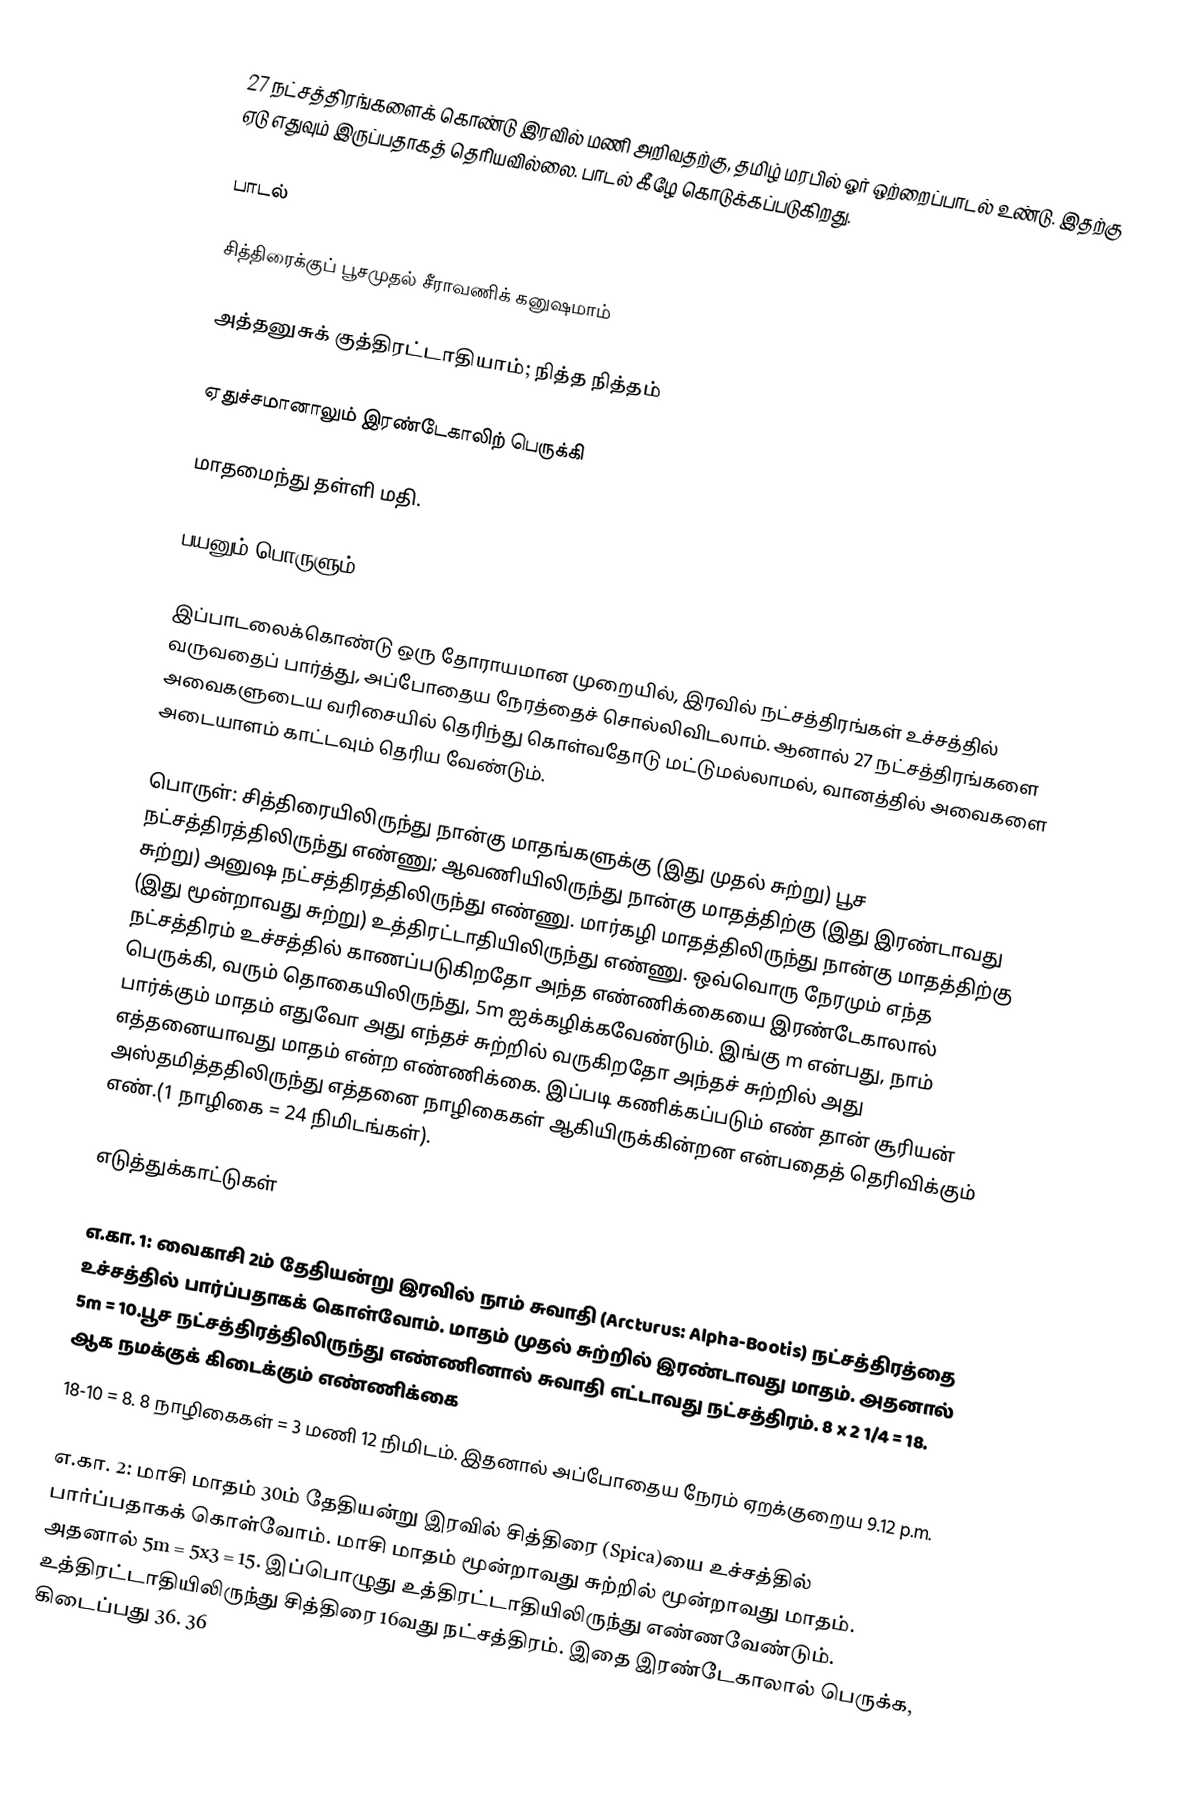
27 நட்சத்திரங்களைக் கொண்டு இரவில் மணி அறிவதற்கு, தமிழ் மரபில் ஓர் ஒற்றைப்பாடல் உண்டு. இதற்கு ஏடு எதுவும் இருப்பதாகத் தெரியவில்லை. பாடல் கீழே கொடுக்கப்படுகிறது.

பாடல்

சித்திரைக்குப் பூசமுதல் சீராவணிக் கனுஷமாம்

அத்தனுசுக் குத்திரட்டாதியாம்; நித்த நித்தம்

ஏதுச்சமானாலும் இரண்டேகாலிற் பெருக்கி

மாதமைந்து தள்ளி மதி.

பயனும் பொருளும்

இப்பாடலைக்கொண்டு ஒரு தோராயமான முறையில், இரவில் நட்சத்திரங்கள் உச்சத்தில் வருவதைப் பார்த்து, அப்போதைய நேரத்தைச் சொல்லிவிடலாம். ஆனால் 27 நட்சத்திரங்களை அவைகளுடைய  வரிசையில் தெரிந்து கொள்வதோடு மட்டுமல்லாமல், வானத்தில் அவைகளை அடையாளம் காட்டவும் தெரிய வேண்டும்.

பொருள்: சித்திரையிலிருந்து நான்கு மாதங்களுக்கு (இது முதல் சுற்று) பூச நட்சத்திரத்திலிருந்து எண்ணு; ஆவணியிலிருந்து நான்கு மாதத்திற்கு  (இது இரண்டாவது சுற்று) அனுஷ நட்சத்திரத்திலிருந்து எண்ணு. மார்கழி மாதத்திலிருந்து நான்கு மாதத்திற்கு  (இது மூன்றாவது சுற்று) உத்திரட்டாதியிலிருந்து எண்ணு. ஒவ்வொரு நேரமும் எந்த நட்சத்திரம் உச்சத்தில் காணப்படுகிறதோ அந்த எண்ணிக்கையை இரண்டேகாலால் பெருக்கி, வரும் தொகையிலிருந்து, 5m  ஐக்கழிக்கவேண்டும். இங்கு  m என்பது, நாம் பார்க்கும் மாதம் எதுவோ அது எந்தச் சுற்றில் வருகிறதோ அந்தச் சுற்றில் அது எத்தனையாவது மாதம் என்ற எண்ணிக்கை. இப்படி கணிக்கப்படும் எண் தான் சூரியன் அஸ்தமித்ததிலிருந்து எத்தனை நாழிகைகள் ஆகியிருக்கின்றன என்பதைத் தெரிவிக்கும் எண்.(1 நாழிகை = 24 நிமிடங்கள்).

எடுத்துக்காட்டுகள்

எ.கா. 1: வைகாசி 2ம் தேதியன்று இரவில் நாம் சுவாதி (Arcturus: Alpha-Bootis) நட்சத்திரத்தை உச்சத்தில் பார்ப்பதாகக் கொள்வோம். மாதம் முதல் சுற்றில் இரண்டாவது மாதம். அதனால் 5m = 10.பூச நட்சத்திரத்திலிருந்து எண்ணினால் சுவாதி எட்டாவது நட்சத்திரம். 8  x 2 1/4 = 18. ஆக நமக்குக் கிடைக்கும் எண்ணிக்கை
18-10 = 8.  8 நாழிகைகள் = 3 மணி 12 நிமிடம். இதனால் அப்போதைய நேரம் ஏறக்குறைய 9.12 p.m.

எ.கா. 2: மாசி மாதம் 30ம் தேதியன்று இரவில் சித்திரை (Spica)யை உச்சத்தில் பார்ப்பதாகக் கொள்வோம். மாசி மாதம் மூன்றாவது சுற்றில் மூன்றாவது மாதம். அதனால் 5m = 5x3 = 15. இப்பொழுது உத்திரட்டாதியிலிருந்து எண்ணவேண்டும். உத்திரட்டாதியிலிருந்து சித்திரை 16வது நட்சத்திரம். இதை இரண்டேகாலால் பெருக்க, கிடைப்பது 36.  36